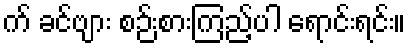
က် ခင်ဗျား စဉ်းစားကြည့်ပါ ရောင်းရင်း။